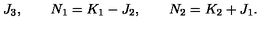
J _ { 3 } , \qquad N _ { 1 } = K _ { 1 } - J _ { 2 } , \qquad N _ { 2 } = K _ { 2 } + J _ { 1 } .